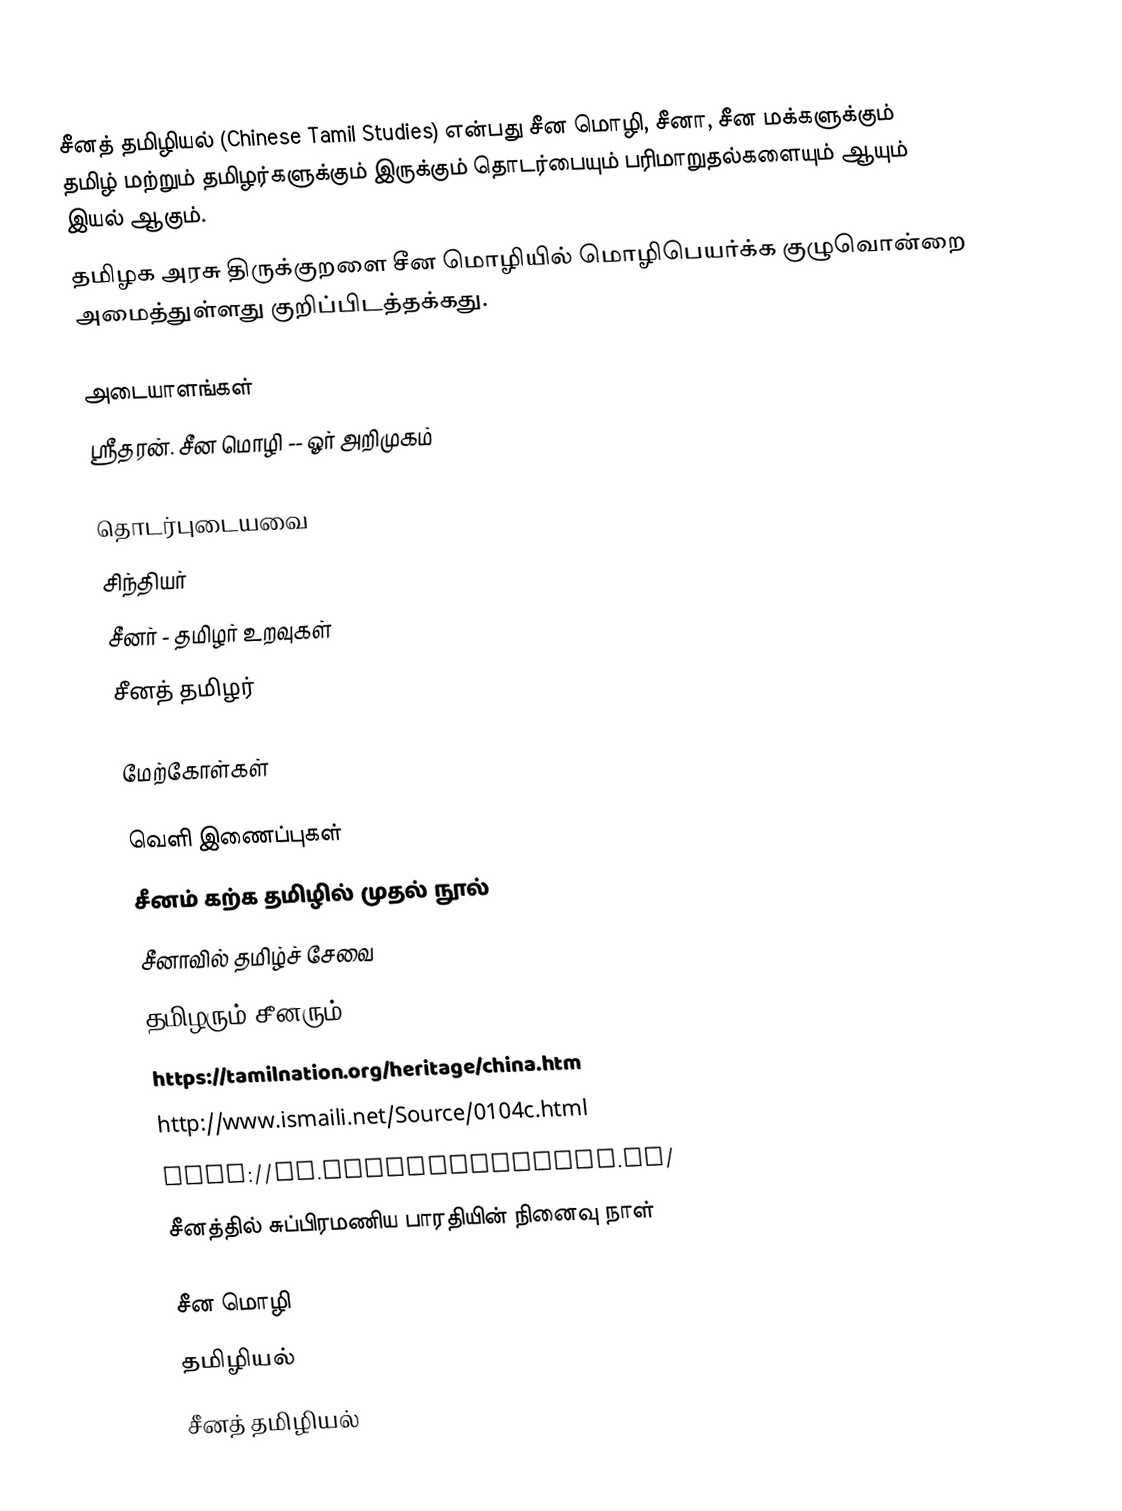
சீனத் தமிழியல் (Chinese Tamil Studies) என்பது சீன மொழி, சீனா, சீன மக்களுக்கும் தமிழ் மற்றும் தமிழர்களுக்கும் இருக்கும் தொடர்பையும் பரிமாறுதல்களையும் ஆயும் இயல் ஆகும்.
தமிழக அரசு திருக்குறளை சீன மொழியில் மொழிபெயர்க்க குழுவொன்றை அமைத்துள்ளது குறிப்பிடத்தக்கது.

அடையாளங்கள்
 ஸ்ரீதரன். சீன மொழி -- ஓர் அறிமுகம்

தொடர்புடையவை
 சிந்தியர்
 சீனர் - தமிழர் உறவுகள்
 சீனத் தமிழர்

மேற்கோள்கள்

வெளி இணைப்புகள்
 சீனம் கற்க தமிழில் முதல் நூல்
 சீனாவில் தமிழ்ச் சேவை
 தமிழரும் சீனரும்...
 https://tamilnation.org/heritage/china.htm
 http://www.ismaili.net/Source/0104c.html
 http://ta.chinabroadcast.cn/
 சீனத்தில் சுப்பிரமணிய பாரதியின் நினைவு நாள்

சீன மொழி
தமிழியல்
சீனத் தமிழியல்